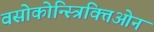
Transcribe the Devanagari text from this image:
वसोकोन्स्त्रिक्तिओन